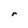
Character: r